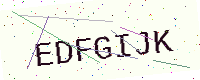
Text: EDFGIJK